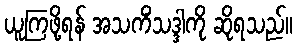
ယူကြဖို့ရန် အသကိံသဒ္ဒါကို ဆိုရသည်။